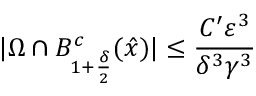
| \Omega \cap B _ { 1 + \frac { \delta } { 2 } } ^ { c } ( \hat { x } ) | \leq \frac { C ^ { \prime } \varepsilon ^ { 3 } } { \delta ^ { 3 } \gamma ^ { 3 } }